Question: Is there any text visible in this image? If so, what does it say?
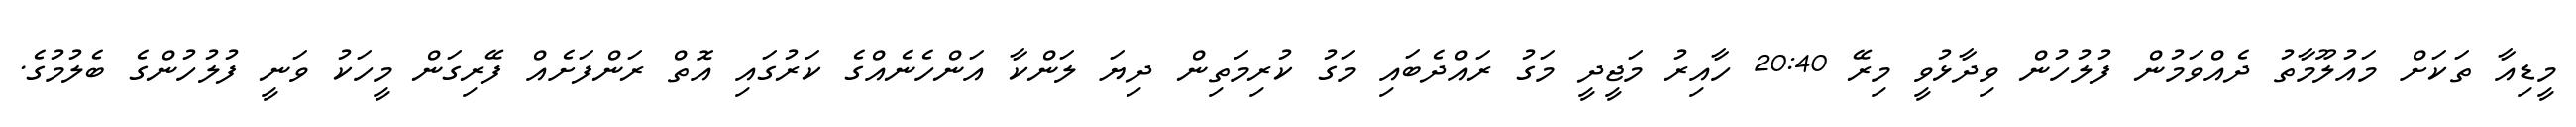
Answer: މީޑިއާ ތަކަށް މައުލޫމާތު ދެއްވަމުން ފުލުހުން ވިދާޅުވީ މިރޭ 20:40 ހާއިރު މަޖީދީ މަގު ރައްދެބައި މަގު ކުރިމަތިން ދިޔަ ލަންކާ އަންހެނެއްގެ ކަރުގައި އޮތް ރަންފަށެއް ފޭރިގަން މީހަކު ވަނީ ފުލުހުންގެ ބެލުމުގެ.